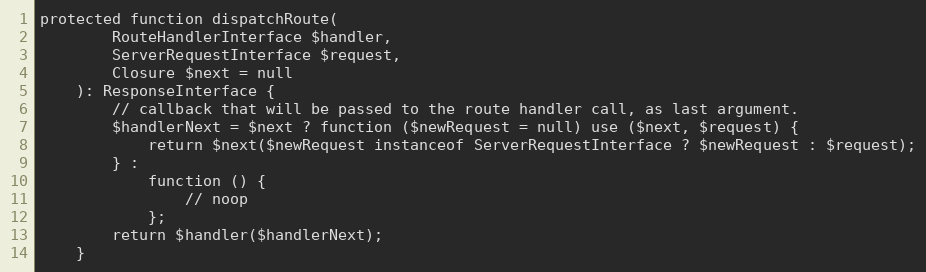
Language: PHP
protected function dispatchRoute(
        RouteHandlerInterface $handler,
        ServerRequestInterface $request,
        Closure $next = null
    ): ResponseInterface {
        // callback that will be passed to the route handler call, as last argument.
        $handlerNext = $next ? function ($newRequest = null) use ($next, $request) {
            return $next($newRequest instanceof ServerRequestInterface ? $newRequest : $request);
        } :
            function () {
                // noop
            };
        return $handler($handlerNext);
    }